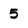
Character: 5